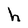
Character: h